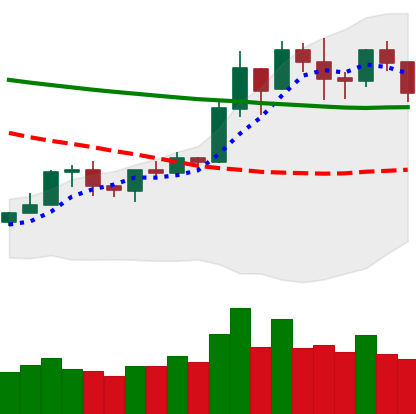
Ticker: BNB-USD
Chart end date: 2020-01-23
Forward return: 6.426%
Label: up_5_7